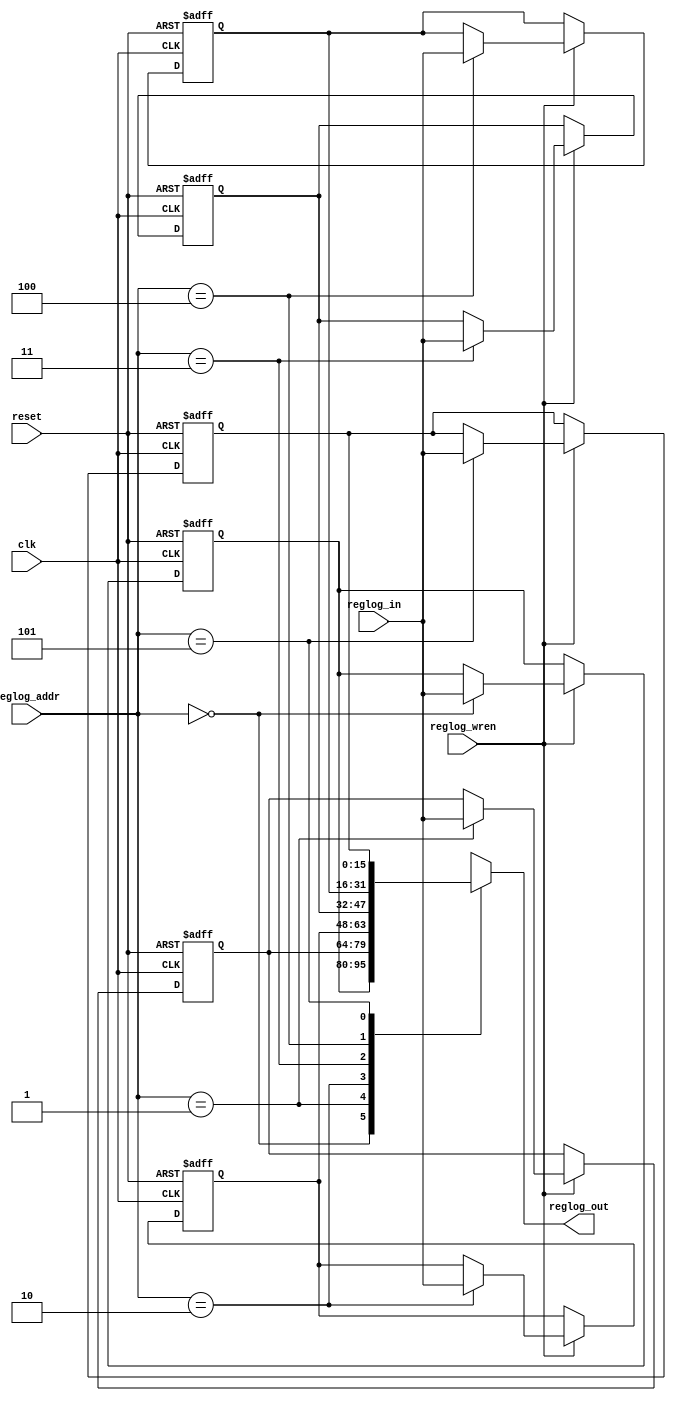
module reglog (clk,reset,reglog_addr,reglog_wren,reglog_in, reglog_out );
output [15:0] reglog_out;
input  [2:0] reglog_addr;
input [15:0]reglog_in;
input reglog_wren;//reglog_wren=0:read,reglog_wren=1:write
input clk,reset;

parameter WIDTH=5;//4 thanh ghi
integer i;

reg [15:0] registers[WIDTH:0];//4 thanh ghi

// The asynchronous read logic
assign reglog_out = registers[reglog_addr];

always@(posedge clk or negedge reset)
begin 
  if(reset==0) begin
    for(i=0;i<=WIDTH;i=i+1) 
      begin
        registers[i]<=0;
      end
  end
  else begin
      if(reglog_wren == 1'b1) begin // The synchronous write logic
      registers[reglog_addr]<=reglog_in;
   end 
   end  //end else
end // end always
endmodule